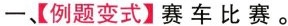
一、【例题变式】赛车比赛。